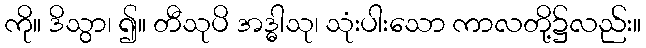
ကို။ ဒိသွာ၊ ၍။ တီသုပိ အဒ္ဓါသု၊ သုံးပါးသော ကာလတို့၌လည်း။